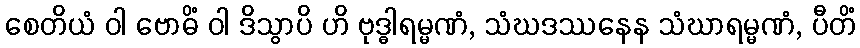
စေတိယံ ဝါ ဗောဓိံ ဝါ ဒိသွာပိ ဟိ ဗုဒ္ဓါရမ္မဏံ, သံဃဒဿနေန သံဃာရမ္မဏံ, ပီတိံ